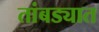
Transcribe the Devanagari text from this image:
तांबड्यात